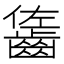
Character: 𪘓